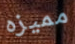
مميزه